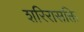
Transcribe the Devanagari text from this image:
शरिरासक्ति